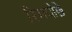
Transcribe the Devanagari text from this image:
रिमपोछे